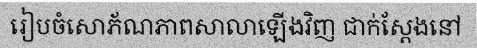
រៀបចំសោភ័ណភាពសាលាឡើងវិញ ជាក់ស្តែងនៅ